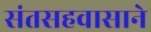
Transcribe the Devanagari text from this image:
संतसहवासाने